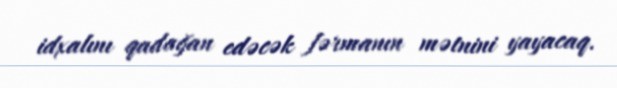
idxalını qadağan edəcək fərmanın mətnini yayacaq.